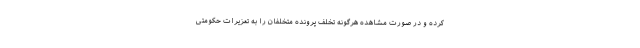
کرده و در صورت مشاهده هرگونه تخلف پرونده متخلفان را به تعزیرات حکومتی